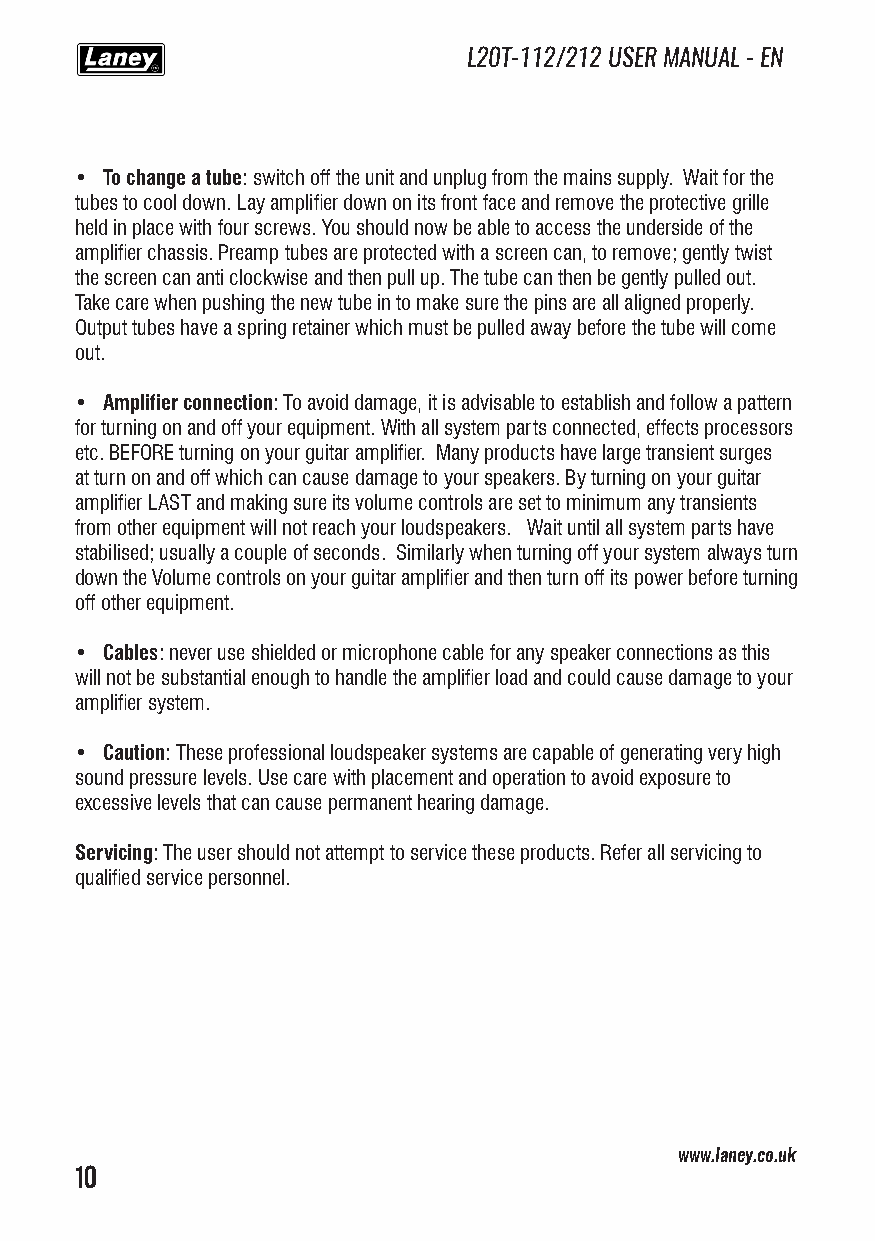
L20T-112/212 USER MANUAL - EN
 • To change a tube: switch off the unit and unplug from the mains supply. Wait for the
 tubes to cool down. Lay amplifier down on its front face and remove the protective grille
 held in place with four screws. You should now be able to access the underside of the
 amplifier chassis. Preamp tubes are protected with a screen can, to remove; gently twist
 the screen can anti clockwise and then pull up. The tube can then be gently pulled out.
 Take care when pushing the new tube in to make sure the pins are all aligned properly.
 Output tubes have a spring retainer which must be pulled away before the tube will come
 out.
 • Amplifier connection: To avoid damage, it is advisable to establish and follow a pattern
 for turning on and off your equipment. With all system parts connected, effects processors
 etc. BEFORE turning on your guitar amplifier. Many products have large transient surges
 at turn on and off which can cause damage to your speakers. By turning on your guitar
 amplifier LAST and making sure its volume controls are set to minimum any transients
 from other equipment will not reach your loudspeakers. Wait until all system parts have
 stabilised; usually a couple of seconds. Similarly when turning off your system always turn
 down the Volume controls on your guitar amplifier and then turn off its power before turning
 off other equipment.
 • Cables: never use shielded or microphone cable for any speaker connections as this
 will not be substantial enough to handle the amplifier load and could cause damage to your
 amplifier system.
 • Caution: These professional loudspeaker systems are capable of generating very high
 sound pressure levels. Use care with placement and operation to avoid exposure to
 excessive levels that can cause permanent hearing damage.
 Servicing: The user should not attempt to service these products. Refer all servicing to
 qualified service personnel.
 www.laney.co.uk
 10